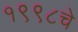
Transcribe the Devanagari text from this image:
१९९८चे